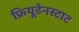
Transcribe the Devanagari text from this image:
फ्रियूडेनस्टाट